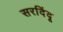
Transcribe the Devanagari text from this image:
सरदिंदू